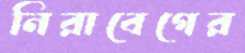
নিরাবেগের